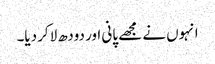
انہوں نے مجھے پانی اور دودھ لاکر دیا۔